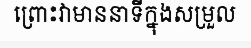
ព្រោះវាមាននាទីក្នុងសម្រួល